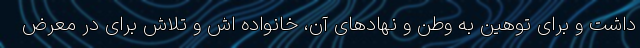
داشت و برای توهین به وطن و نهادهای آن، خانواده اش و تلاش برای در معرض